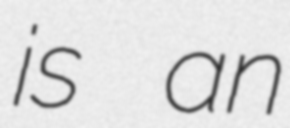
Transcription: is an